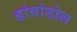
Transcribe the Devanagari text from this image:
डांवांडोल